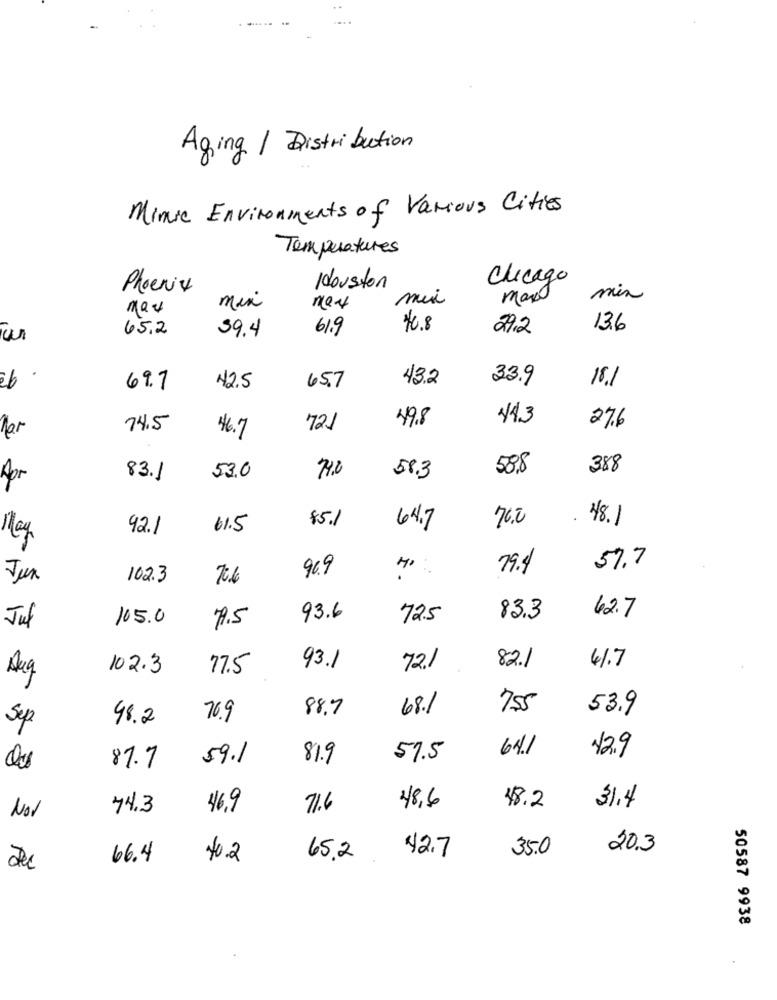
Aging / Distribution
Minue Environments of Various Cities
Temperatures
Houston
Chicago
Phoenix
mix
mui
max
mix
max
65.2
39.4
61.9
46.8
29.2
13.6
w
43.2
33.9
18.1
69.7
42.5
65.7
49.8
443
74.5
721
27.6
46.7
388
83.1
53.0
74.0
58.3
588
Apr
$5.1
70.2
48.1
92.1
61.5
64.7
May
96.9
79.4
57.7
Jun
102.3
7:6
105.0
93.6
72.5
83.3
62.7
Jul
79.5
102.3
77.5
93.1
72.1
82.1
41.7
Aug
88.7
68.1
755
53.9
48.2
76.9
Sep
64.1
59.1
81.9
57.5
42.9
87.7
74.3
46.9
71.6
48,6
48.2
31.4
Nor
35.0
20.3
66.4
40.2
65.2
42.7
50587 9938